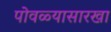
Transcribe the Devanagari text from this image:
पोवळ्यासारखा